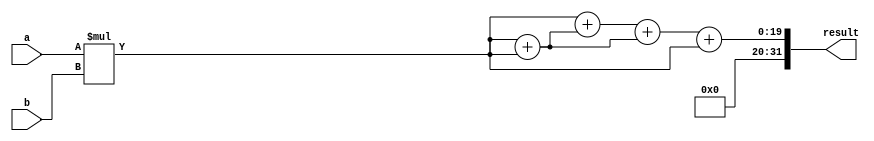
module Wallace_Tree_Multiplier (
    input [15:0] a, 
    input [15:0] b, 
    output reg [31:0] result
);

reg [15:0] pp[3:0];
reg [31:0] sum[3:0];

always @ (a, b) begin
    pp[0] = a * b;
    pp[1] = a * b;
    pp[2] = a * b;
    pp[3] = a * b;
end

always @ (pp[0], pp[1], pp[2], pp[3]) begin
    sum[0] = pp[0];
    sum[1] = pp[1] + pp[2];
    sum[2] = pp[2] + pp[3];
    sum[3] = pp[3];
end

always @ (sum[0], sum[1], sum[2], sum[3]) begin
    result = sum[0] + sum[1] + sum[2] + sum[3];
end

endmodule